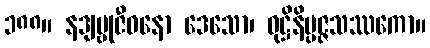
၁၈၈။ နဒျမ္ဗုဇီဝနော ဒေသော၊ ဝုဋ္ဌိနိပ္ပဇ္ဇသဿကော။